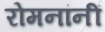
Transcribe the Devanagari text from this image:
रोमनांनीं